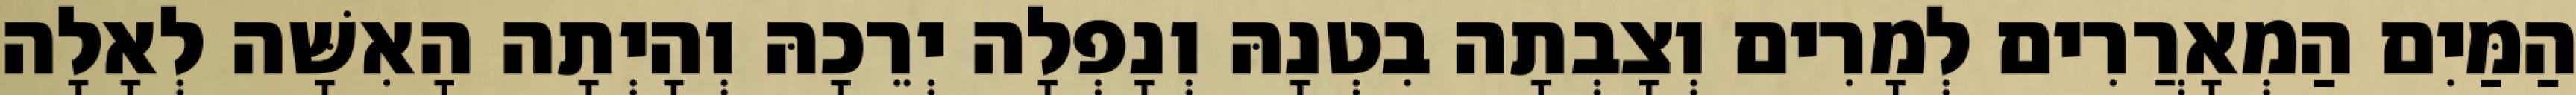
הַמַּיִם הַמְאָרֲרִים לְמָרִים וְצָבְתָה בִטְנָהּ וְנָפְלָה יְרֵכָהּ וְהָיְתָה הָאִשָּׁה לְאָלָה